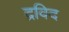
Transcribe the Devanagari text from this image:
द्रविद